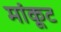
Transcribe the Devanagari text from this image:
मांकूट